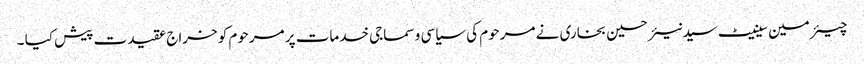
چیئرمین سینیٹ سید نیئر حسین بخاری نے مرحوم کی سیاسی و سماجی خدمات پر مرحوم کو خراج عقیدت پیش کیا ۔